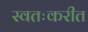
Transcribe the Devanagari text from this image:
स्वतःकरीत